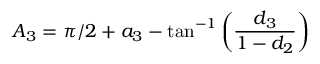
{ A _ { 3 } } = \pi / 2 + { a _ { 3 } } - \tan ^ { - 1 } \left( \frac { d _ { 3 } } { 1 - d _ { 2 } } \right)